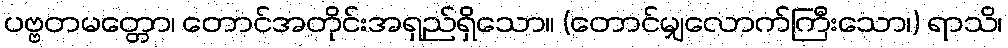
ပဗ္ဗတမတ္တော၊ တောင်အတိုင်းအရှည်ရှိသော။ (တောင်မျှလောက်ကြီးသော၊) ရာသိ၊